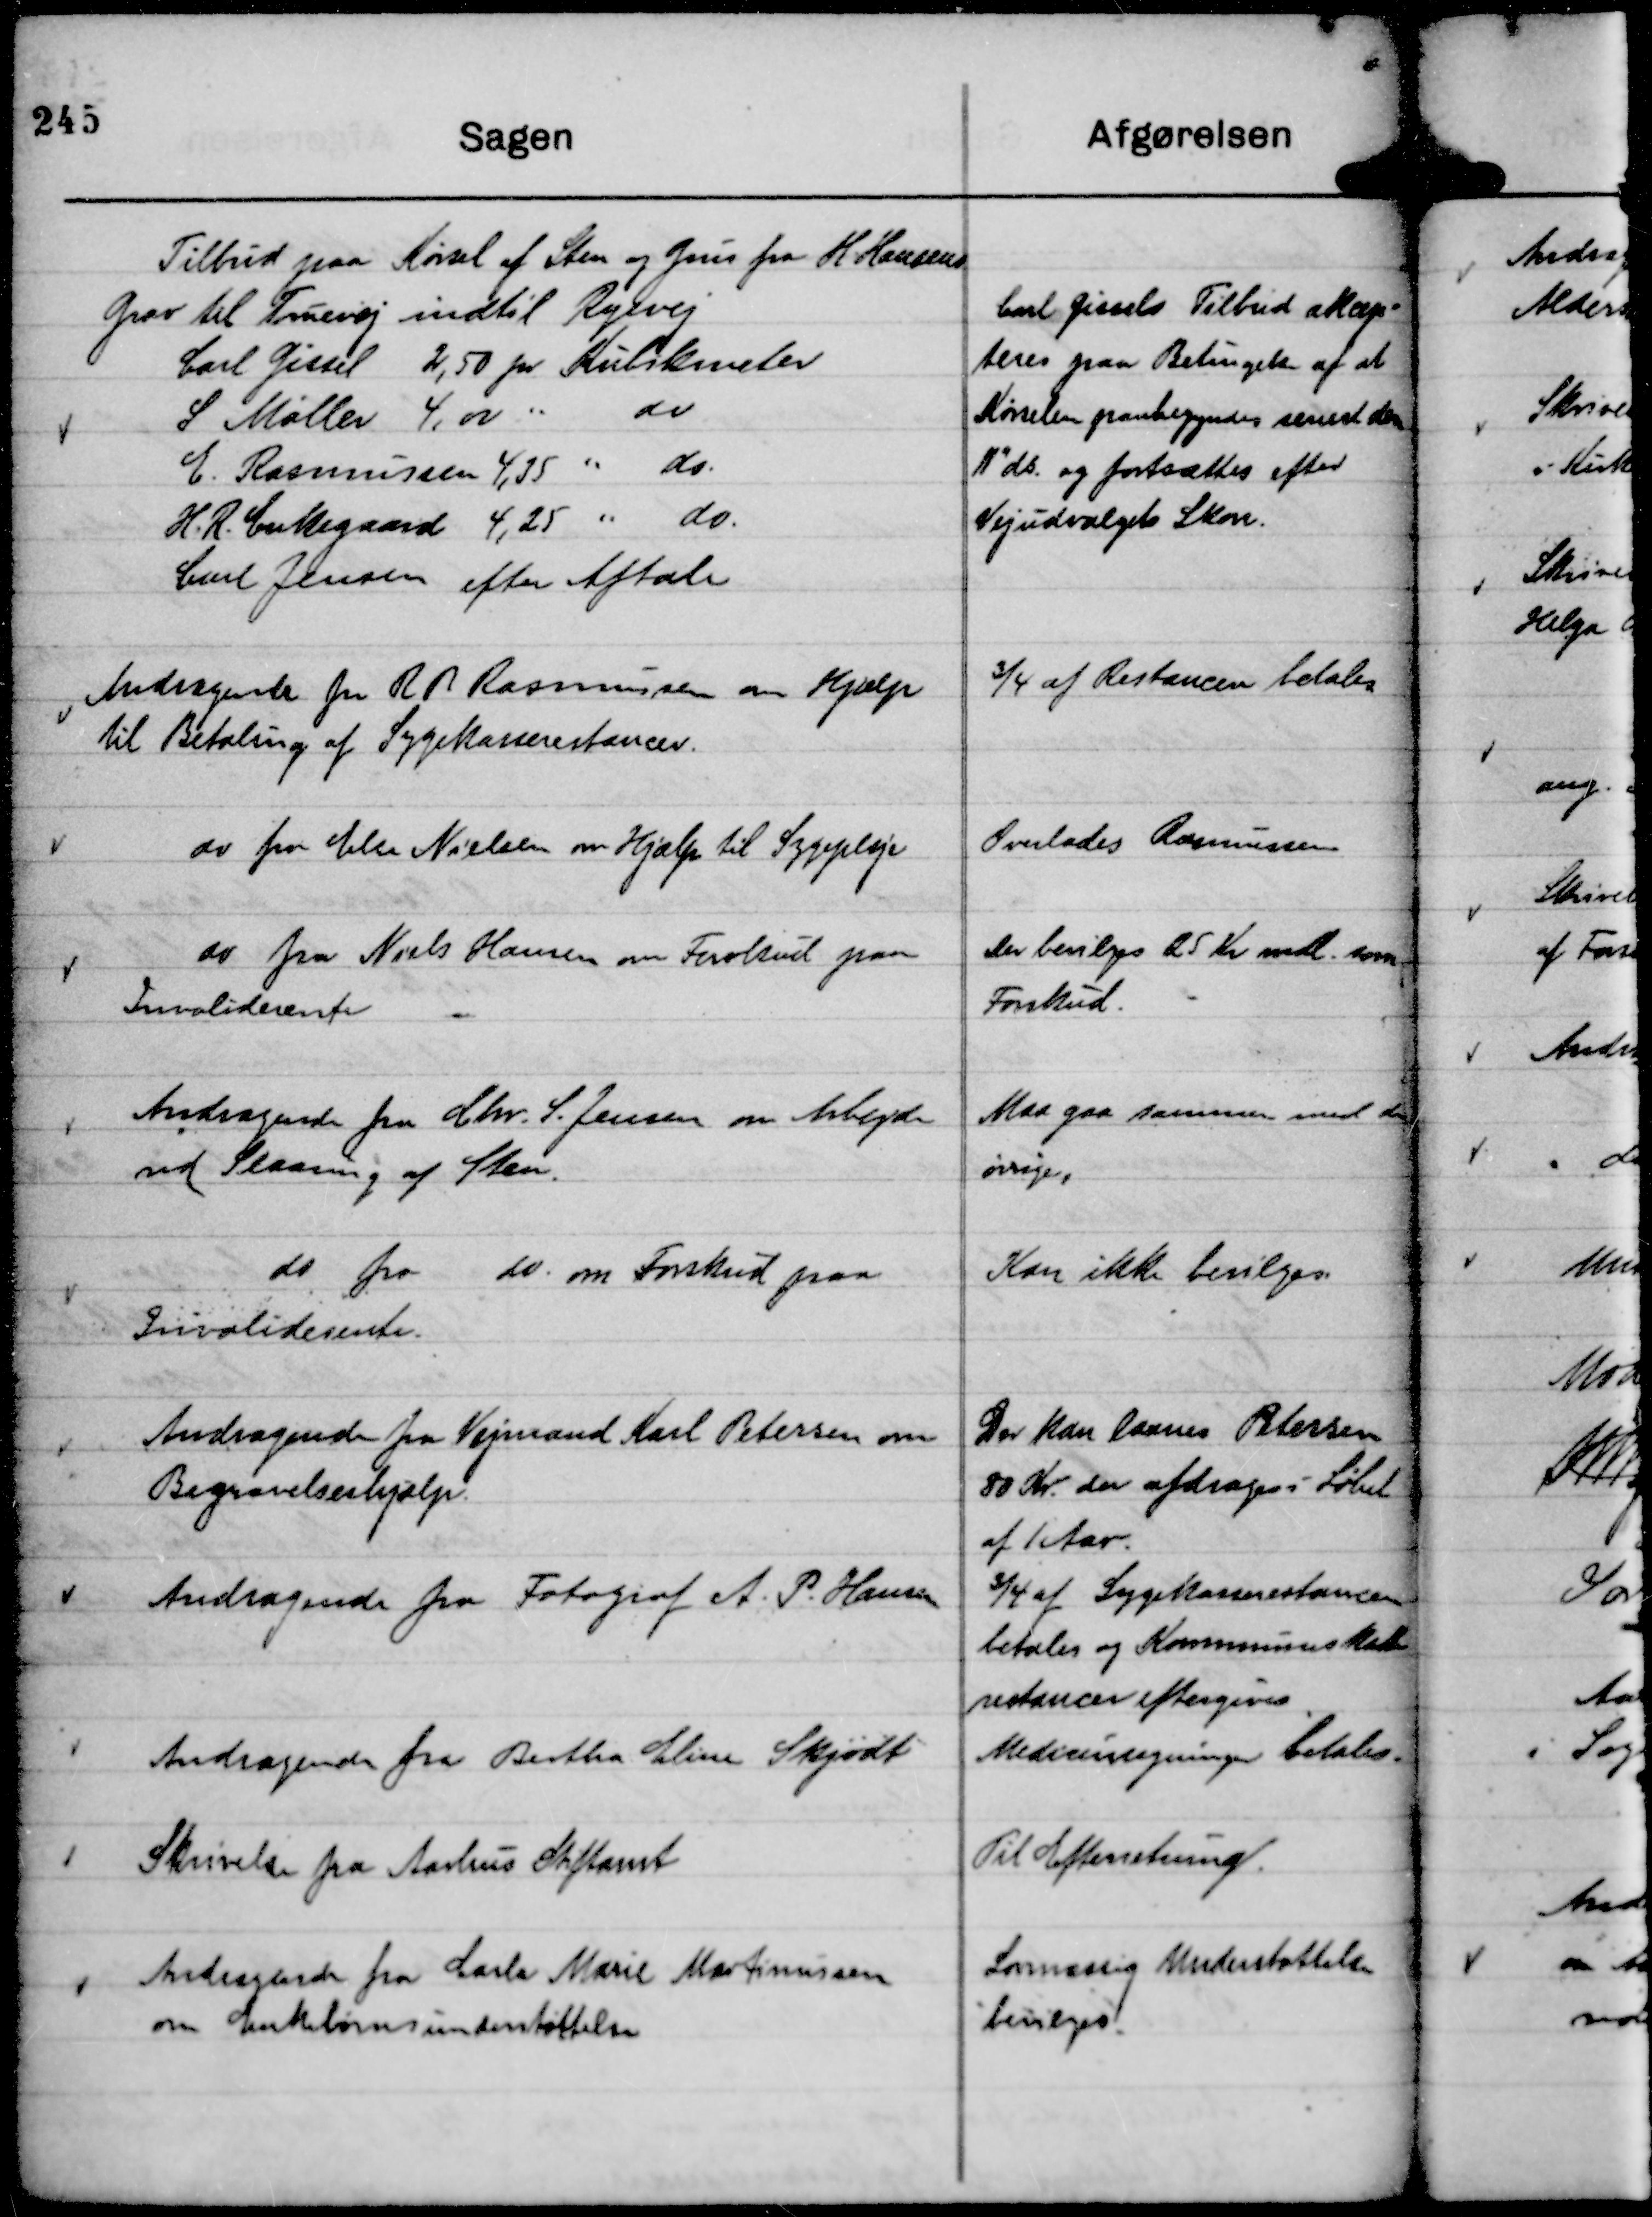
Transskription:
Tilbud paa Kørsel af Sten og Grus fra H. Hansens
Grav til Truevej indtil Ryevej
Carl Gissel 2,50 pr. Kubilmeter
S. Møller 4,00 " do.
E. Rasmussen 4,35 " do.
H. R. Enkegaard 4,25 " do.
Carl Jensen efter Aftale

Carl Gissels Tilbud akcep-
teres paa Betingelse af at
Kørselen paabegyndes senest den
11" ds. og fortsættes efter
Vejudvalgets Skøn.

Andragende fra R P Rasmussen om Hjælp
til Betaling af Sygekasserestancer.

¾ af Restancen betales

do fra Else Nielsen om Hjælp til Sygepleje

Overlades Rasmussen

do fra Niels Hansen om Forskud paa
Invaliderente

Der bevilges 25 Kr mdl. som
Forskud.

Andragende fra Chr. S. Jensen om Arbejde
ved Slaaning af Sten.

Maa gaa sammen med de
øvrige,

do fra do om Forskud paa
Invaliderente.

Kan ikke bevilges.

Andragende fra Vejmand Karl Petersen om
Begravelseshjælp.

Der kan laanes Petersen
80 Kr. der afdrages i Løbet
af 1 Aar.

Andragende fra Fotograf A. P. Hansen

¾ af Sygekasserestancen
betales og Kommuneskatte
restancer eftergives

Andragende fra Bertha Eline Skjødt

Medicinregninger betales.

Skrivelse fra Aarhus Stiftamt

Til Efterretning.

Andragende fra Carla Marie Martinusen
om Enkebørnsunderstøttelse

Lovmæssig Understøttelse
bevilges.